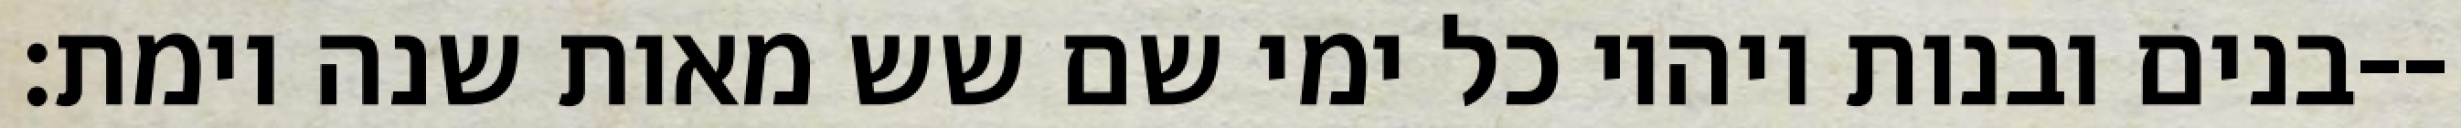
בנים ובנות ויהיו כל ימי שם שש מאות שנה וימת׃--